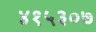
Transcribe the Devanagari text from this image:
४१५३०७